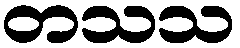
တသသ